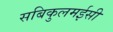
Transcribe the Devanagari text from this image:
सबिकुलमईसी